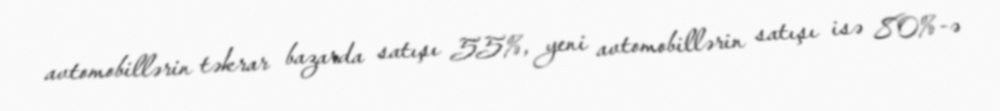
avtomobillərin təkrar bazarda satışı 55%, yeni avtomobillərin satışı isə 80%-ə